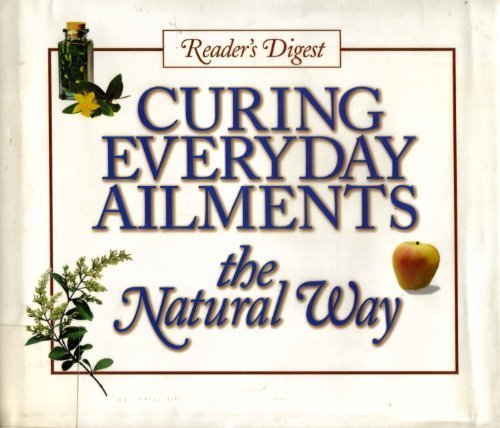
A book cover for Curing Everyday Ailments; Editors of Reader's Digest; Medical Books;